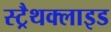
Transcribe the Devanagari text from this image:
स्ट्रैथक्लाइड